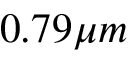
0 . 7 9 \mu m